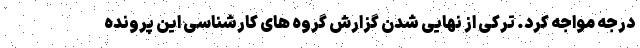
درجه مواجه کرد. ترکی از نهایی شدن گزارش گروه های کارشناسی این پرونده